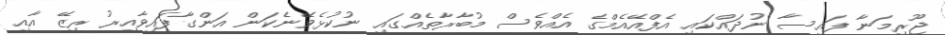
ޖޫރިމަނާ ފައިސާ ނުދައްކައި އެފްއޭއެމްގެ އެއްވެސް މުބާރާތެއްގައި ނުކުޅެވޭނެކަން އަންގާފައިވާއިރު ރިޒޭ އާއި